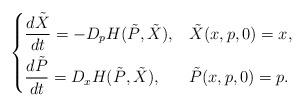
LaTeX: \begin{align*}\begin{dcases}\frac{d \tilde X}{dt} = - D_p H(\tilde P,\tilde X), & \tilde X(x,p,0) = x, \\\frac{d \tilde P}{dt} = D_x H(\tilde P, \tilde X), & \tilde P(x,p,0) = p.\end{dcases}\end{align*}